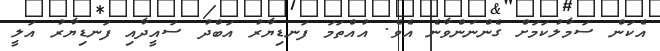
އެކަން ސަމާލުކަމަށް ގެންނަންވާނެ އެވެ. އުއްތަމަ ފަނޑިޔާރު އަބްދު ސައީދާއި ފަނޑިޔާރު އަލީ